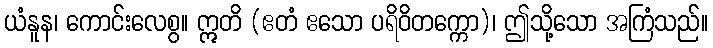
ယံနူန၊ ကောင်းလေစွ။ ဣတိ (ဧတံ ဧသော ပရိဝိတက္ကော)၊ ဤသို့သော အကြံသည်။